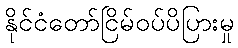
နိုင်ငံတော်ငြိမ်ဝပ်ပိပြားမှု